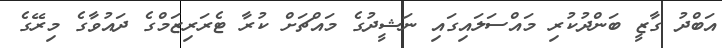
އަބްދު ގާޒީ ބަންދުކުރި މައްސަލައިގައި ނަޝީދުގެ މައްޗަށް ކުރާ ޓެރަރިޒަމްގެ ދައުވާގެ މިރޭގެ